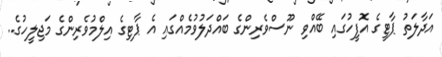
އަދާލަތު ޕާޓީގެ އޮފީހުގައި ބޭއްވި ނޫސްވެރިންގެ ބައްދަލުވުމެއްގައި އެ ޕާޓިގެ އިލްމުވެރިންގެ މަޖިލީހުގެ..